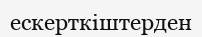
ескерткіштерден